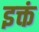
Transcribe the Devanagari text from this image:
इक्तं